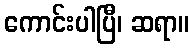
ကောင်းပါပြီ၊ ဆရာ။